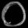
Digit: ၀